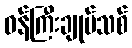
ဝန်ကြီးချုပ်သစ်